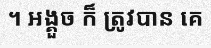
។ អង្គួច ក៏ ត្រូវបាន គេ